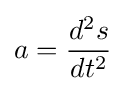
a={\frac {d^{2}s}{dt^{2}}}